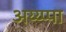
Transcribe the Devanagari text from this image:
अय्य्प्पा